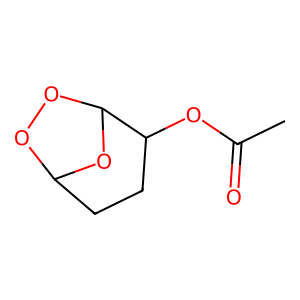
SMILES: CC(=O)OC1CCC2OOC1O2
Inhibits HIV replication: No